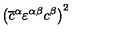
\left( \overline { { c } } ^ { \alpha } \varepsilon ^ { \alpha \beta } c ^ { \beta } \right) ^ { 2 }